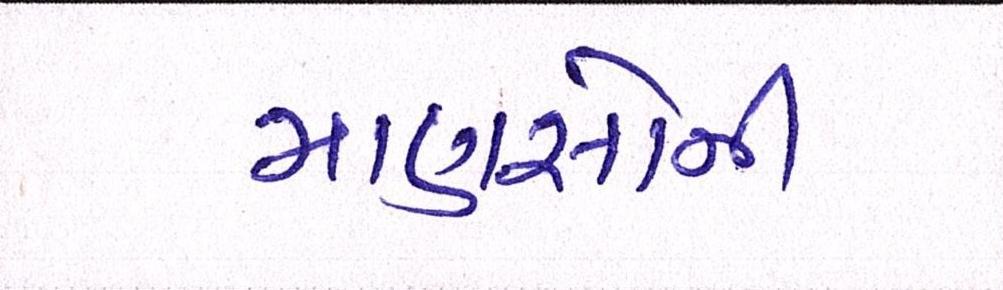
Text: માણસોની